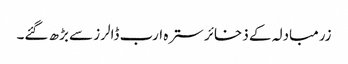
زرمبادلہ کے ذخائر سترہ ارب ڈالرز سے بڑھ گئے۔